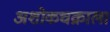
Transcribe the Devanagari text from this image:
अशोकचक्राला